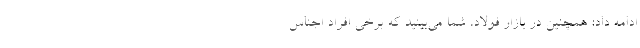
ادامه داد: همچنین در بازار فولاد، شما می‌بینید که برخی افراد اجناس